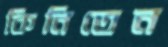
কিনিতেন